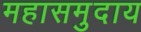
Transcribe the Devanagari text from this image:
महासमुदाय